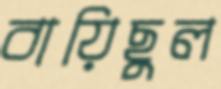
বায়িছুল